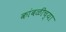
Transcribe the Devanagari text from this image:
कांबळीच्या